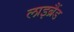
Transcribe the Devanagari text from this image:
लाइब्रैंड